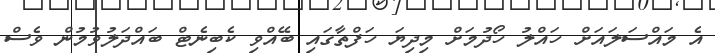
އެ މައްސަލައަށް ހައްލު ހޯދުމަށް މިދިޔަ ހަފްތާގައި ބޭއްވި ކެބިނެޓް ބައްދަލުވުމުން ވެސް